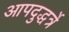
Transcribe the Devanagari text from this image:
आपदुद्धर्त्रे